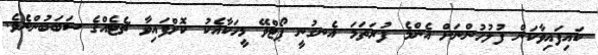
ކައިފައިވާކަން ފުލުހުންނަށް އެންމެ ފުރަތަމަ އެނގުނީ ޕޯޓްވޭ މީހަކާއެކު ކޮށްފައިވާ ޗެޓެއްގެ ސަބަބުންނެވެ.